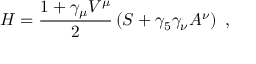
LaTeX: { \cal { H } } = \frac { 1 + \gamma _ { \mu } V ^ { \mu } } { 2 } \left( S + \gamma _ { 5 } \gamma _ { \nu } A ^ { \nu } \right) \ ,